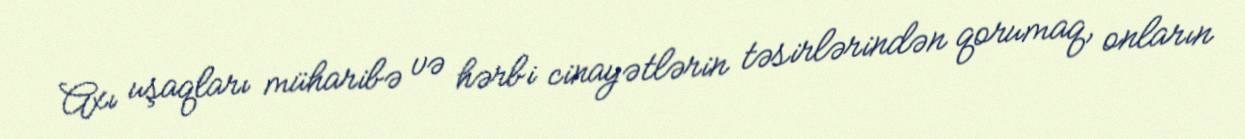
Axı uşaqları müharibə və hərbi cinayətlərin təsirlərindən qorumaq, onların